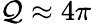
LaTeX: \mathcal{Q}\approx4\pi